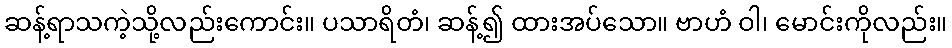
ဆန့်ရာသကဲ့သို့လည်းကောင်း။ ပသာရိတံ၊ ဆန့်၍ ထားအပ်သော။ ဗာဟံ ဝါ၊ မောင်းကိုလည်း။